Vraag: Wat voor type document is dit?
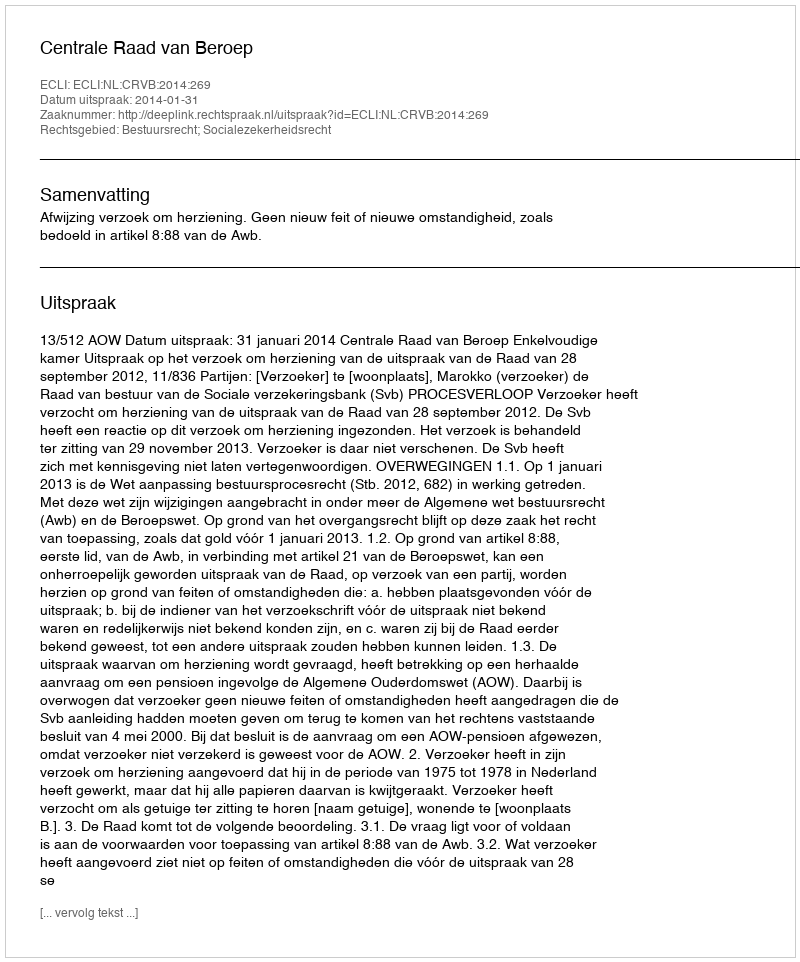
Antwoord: Uitspraak